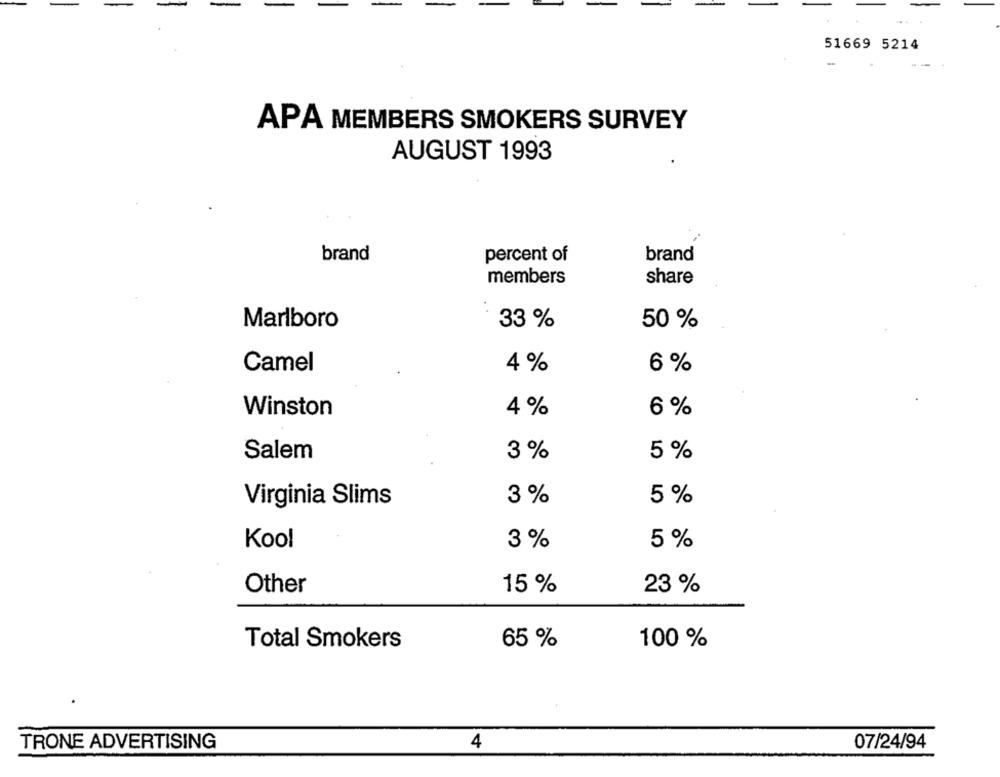
51669 5214
APA MEMBERS SMOKERS SURVEY
AUGUST 1993
brand
percent of
brand
members
share
Marlboro
33 %
50 %
Camel
4 %
6 %
Winston
4 %
6 %
Salem
3 %
5 %
Virginia Slims
3 %
5 %
3 %
5 %
Kool
Other
15 %
23 %
Total Smokers
65 %
100 %
TRONE ADVERTISING
4
07/24/94